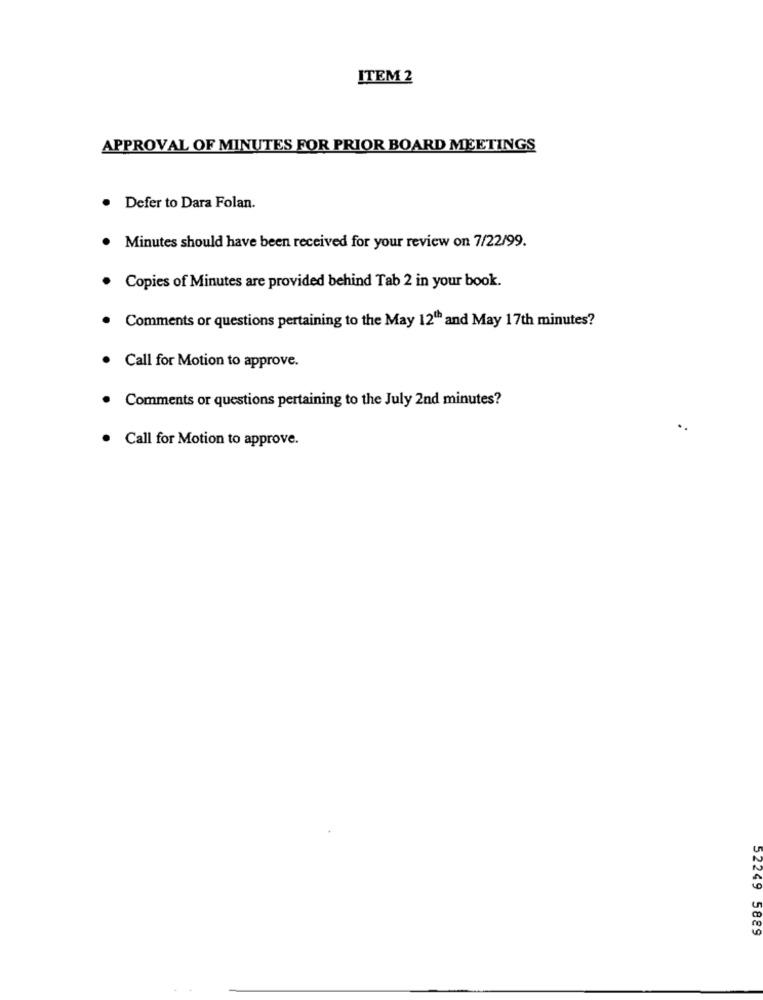
ITEM 2
APPROVAL OF MINUTES FOR PRIOR BOARD MEETINGS
Defer to Dara Folan.
Minutes should have been received for your review on 7/22/99.
Copies of Minutes are provided behind Tab 2 in your book.
Comments or questions pertaining to the May 12" and May 17th minutes?
. Call for Motion to approve.
. Comments or questions pertaining to the July 2nd minutes?
. Call for Motion to approve.
52249 5889